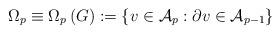
LaTeX: \begin{align*}\Omega _{p}\equiv \Omega _{p}\left( G\right) :=\left\{ v\in \mathcal{A}_{p}:\partial v\in \mathcal{A}_{p-1}\right\} \end{align*}